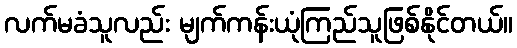
လက်မခံသူလည်း မျက်ကန်းယုံကြည်သူဖြစ်နိုင်တယ်။